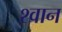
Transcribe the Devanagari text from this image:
श्‍वान